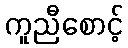
ကူညီစောင့်